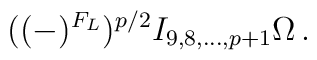
((-)^{F_L})^{p/2} I_{9,8,\ldots ,p+1}\Omega\, .